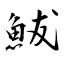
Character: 鮁